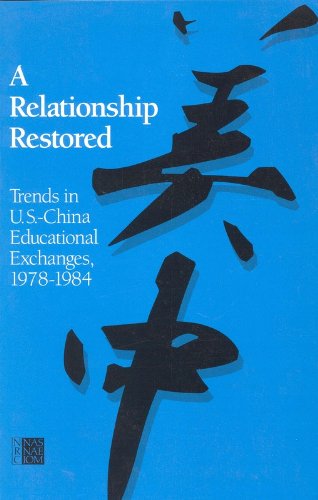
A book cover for A Relationship Restored:: Trends in U.S.-China Educational Exchanges, 1978-1984; The Committee on Scholarly Communication with the People's Republic
of China; Travel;